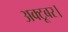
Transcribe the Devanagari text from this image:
अक्टूबर।